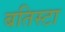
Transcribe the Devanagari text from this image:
बतिस्टा